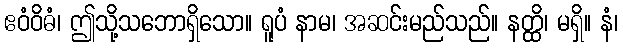
ဧဝံဝိဓံ၊ ဤသို့သဘောရှိသော။ ရူပံ နာမ၊ အဆင်းမည်သည်။ နတ္ထိ၊ မရှိ။ နံ၊